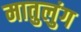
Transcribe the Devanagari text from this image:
मातुलुंग